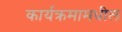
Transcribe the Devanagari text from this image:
कार्यक्रमामधील